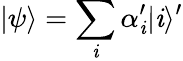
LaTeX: |\psi\rangle=\sum_{\mathit{i}}\alpha_{\mathit{i}}^{\prime}|\mathit{i}\rangle^{\prime}